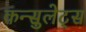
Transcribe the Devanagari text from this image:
कन्सुलेट्स